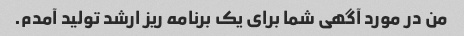
من در مورد آگهی شما برای یک برنامه ریز ارشد تولید آمدم.